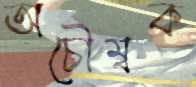
অচৌম্বক